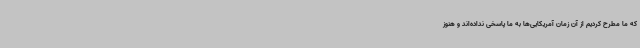
که ما مطرح کردیم از آن زمان آمریکایی‌ها به ما پاسخی نداده‌اند و هنوز